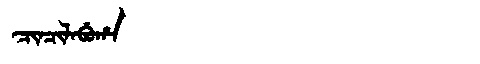
Manchu: ᠴᡳᠨᠴᡳᠯᠠᠪᡠᡥᠠ
Romanization: CINCILABUHA